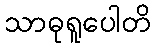
သာဓုရူပေါတိ